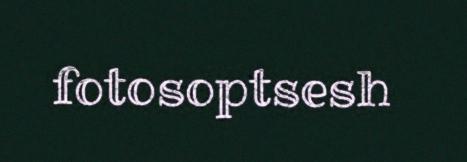
fotosoptsesh